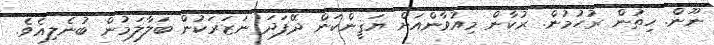
ނޫން. ހިތުން ރުހުމުން. ރުކާން މިއުވާންއަށް ޔަޤީންކަން ދޭފަދަ ނަޒަރަކުން ބަލާލަމުން ބުނެލިއެވެ.